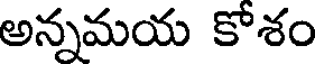
అన్నమయ కోశం